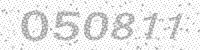
Solution: 050811